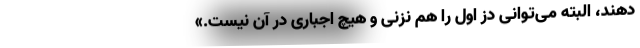
‌دهند، البته می‌توانی دز اول را هم نزنی و هیچ اجباری در آن نیست.»